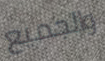
والجميع